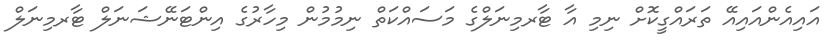
އައިއެންއައިއޭ ތަރައްގީކޮށް ނިމި އާ ޓާރމިނަލްގެ މަސައްކަތް ނިމުމުން މިހާރުގެ އިންޓަނޭޝަނަލް ޓާރމިނަލް